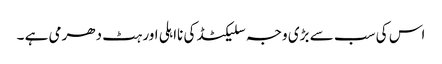
اس کی سب سے بڑی وجہ سلیکٹڈ کی نااہلی اور ہٹ دھرمی ہے ۔